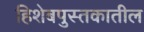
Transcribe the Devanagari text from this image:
हिशेबपुस्तकातील